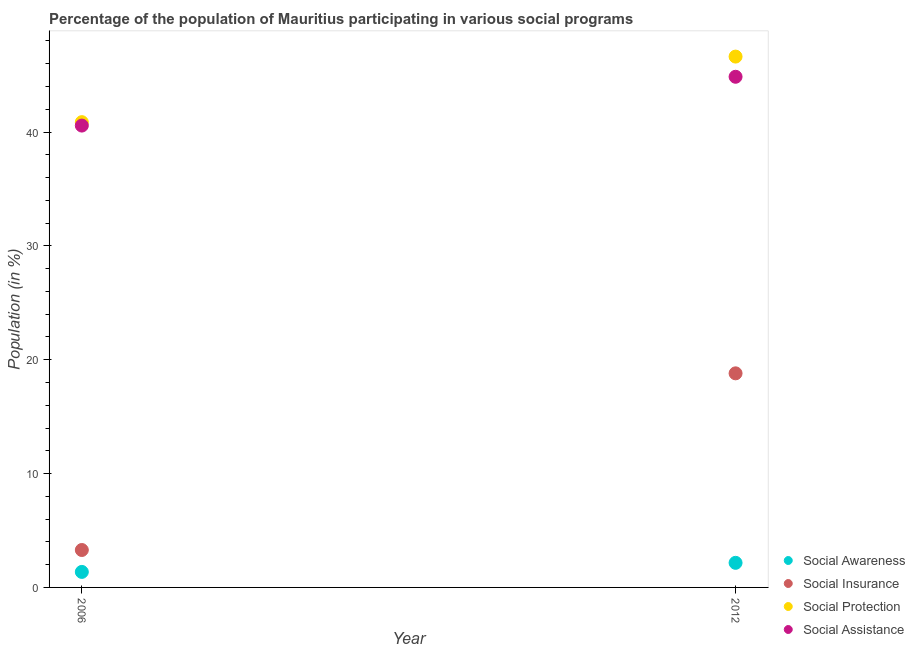
| Year | Social Awareness | Social Insurance | Social Protection | Social Assistance |
 | --- | --- | --- | --- | --- |
 | 2006 | 1.36 | 3.29 | 40.9 | 40.6 |
 | 2012 | 2.16 | 18.8 | 46.6 | 44.9 |